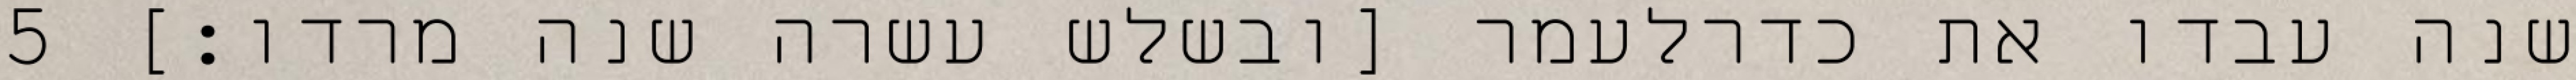
שנה עבדו את כדרלעמר [ובשלש עשרה שנה מרדו׃] ‎5‏